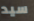
سيد